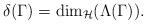
LaTeX: \begin{align*}\delta(\Gamma)=\dim_{\mathcal{H}}(\Lambda(\Gamma)).\end{align*}